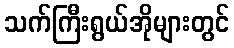
သက်ကြီးရွယ်အိုများတွင်